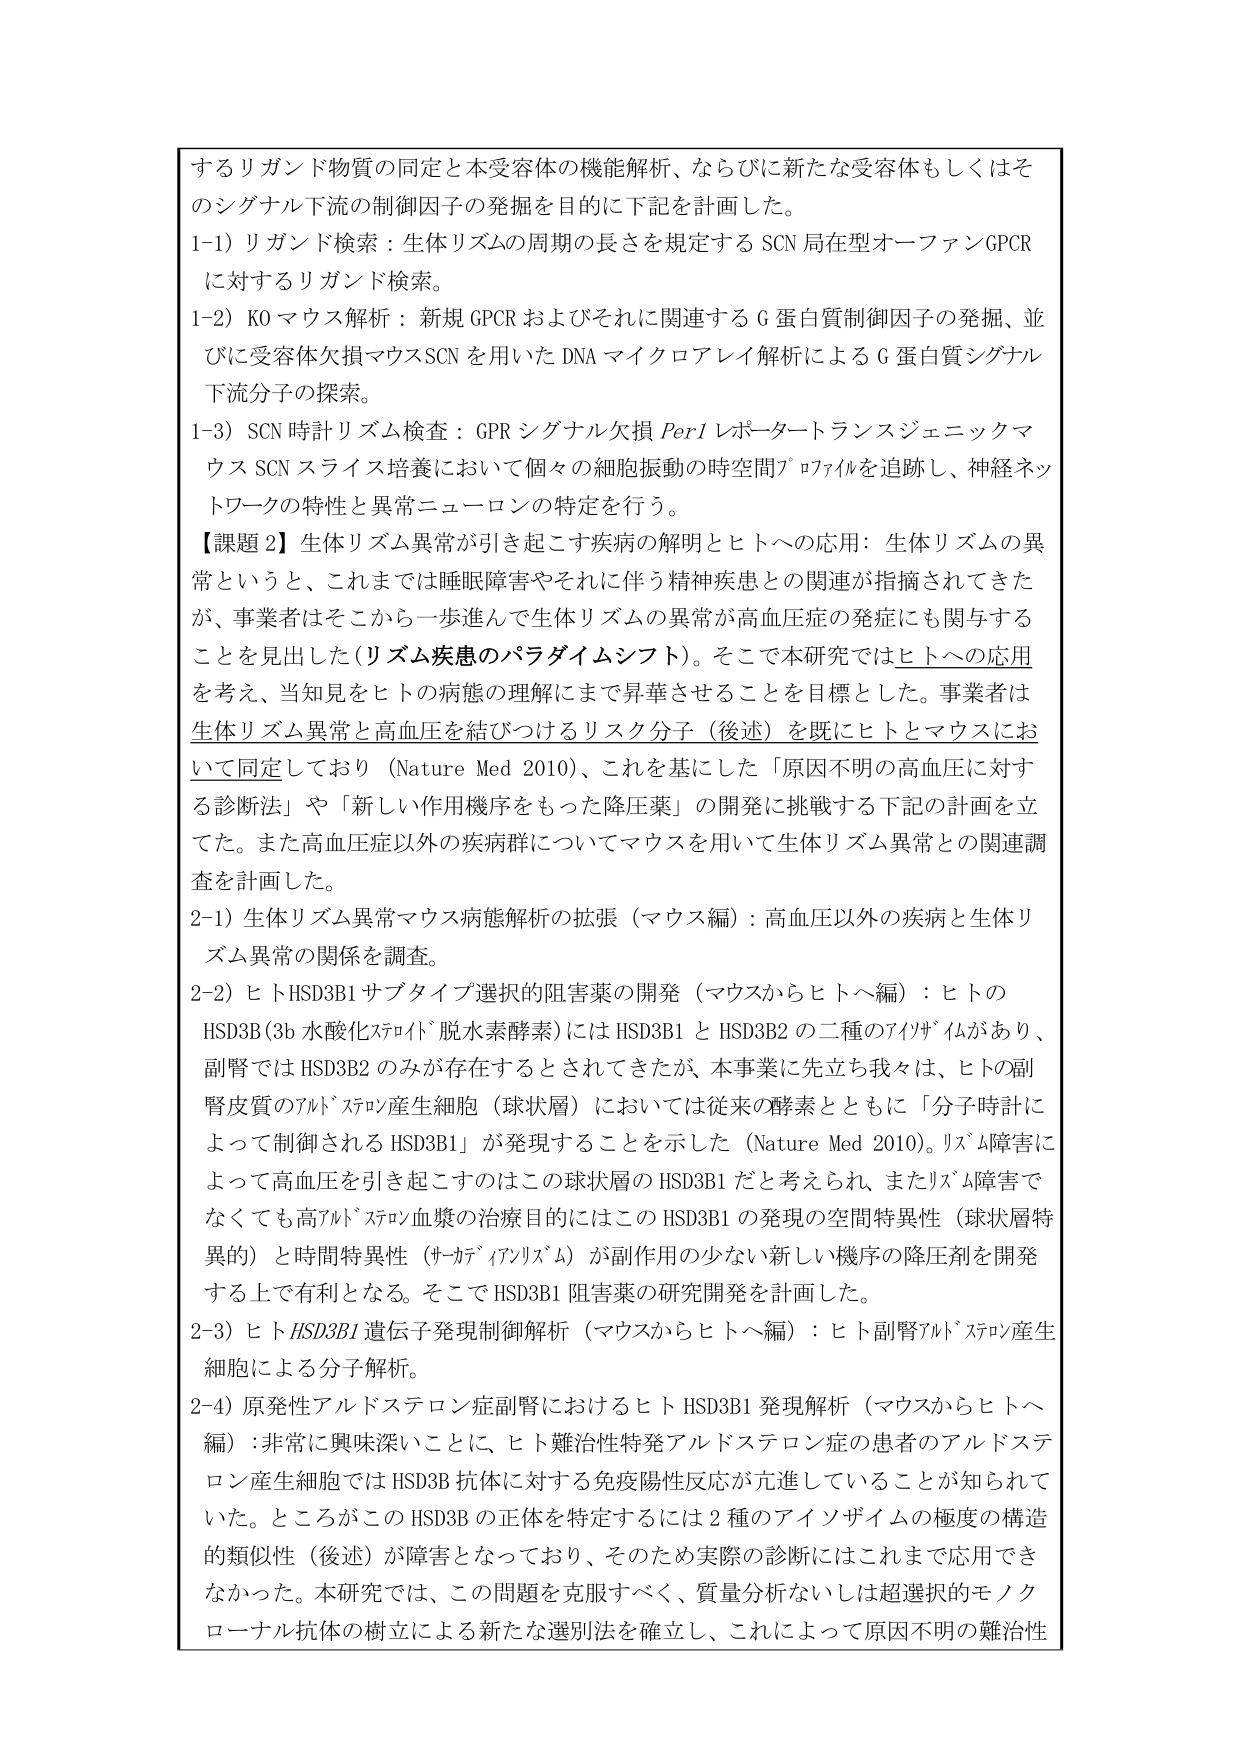
するリガンド物質の同定と本受容体の機能解析、ならびに新たな受容体もしくはそのシグナル下流の制御因子の発掘を目的に下記を計画した。

1-1）リガンド検索：生体リズムの周期の長さを規定する SCN 局在型オーファンGPCR に対するリガンド検索。

1-2）KO マウス解析：新規 GPCR およびそれに関連する G 蛋白質制御因子の発掘、並びに受容体欠損マウス SCN を用いた DNA マイクロアレイ解析による G 蛋白質シグナル下流分子の探索。

1-3）SCN 時計リズム検査：GPR シグナル欠損 Per1 レポータートランスジェニックマウス SCN スライス培養において個々の細胞振動の時空間プロファイルを追跡し、神経ネットワークの特性と異常ニューロンの特定を行う。

【課題 2】生体リズム異常が引き起こす疾病の解明とヒトへの応用：生体リズムの異常というと、これまでは睡眠障害やそれに伴う精神疾患との関連が指摘されてきたが、事業者はそこから一歩進んで生体リズムの異常が高血圧症の発症にも関与することを見出した（リズム疾患のパラダイムシフト）。そこで本研究ではヒトへの応用を考え、当知見をヒトの病態の理解にまで昇華させることを目標とした。事業者は生体リズム異常と高血圧を結びつけるリスク分子（後述）を既にヒトとマウスにおいて同定しており（Nature Med 2010）、これを基にした「原因不明の高血圧に対する診断法」や「新しい作用機序をもった降圧薬」の開発に挑戦する下記の計画を立てた。また高血圧症以外の疾病群についてマウスを用いて生体リズム異常との関連調査を計画した。

2-1）生体リズム異常マウス病態解析の拡張（マウス編）：高血圧以外の疾病と生体リズム異常の関係を調査。

2-2）ヒト HSD3B1 サブタイプ選択的阻害薬の開発（マウスからヒトへ編）：ヒトの HSD3B（3b 水酸化ステロイド脱水素酵素）には HSD3B1 と HSD3B2 の二種のアイソザイムがあり、副腎では HSD3B2 のみが存在するとされてきたが、本事業に先立ち我々は、ヒトの副腎皮質のアルドステロン産生細胞（球状層）においては従来の酵素とともに「分子時計によって制御される HSD3B1」が発現することを示した（Nature Med 2010）。リズム障害によって高血圧を引き起こすのはこの球状層の HSD3B1 だと考えられ、またリズム障害でなくても高アルドステロン血漿の治療目的にはこの HSD3B1 の発現の空間特異性（球状層特異的）と時間特異性（サーカディアンリズム）が副作用の少ない新しい機序の降圧剤を開発する上で有利となる。そこで HSD3B1 阻害薬の研究開発を計画した。

2-3）ヒト HSD3B1 遺伝子発現制御解析（マウスからヒトへ編）：ヒト副腎アルドステロン産生細胞による分子解析。

2-4）原発性アルドステロン症副腎におけるヒト HSD3B1 発現解析（マウスからヒトへ編）：非常に興味深いことに、ヒト難治性特発アルドステロン症の患者のアルドステロン産生細胞では HSD3B 抗体に対する免疫陽性反応が亢進していることが知られていた。ところがこの HSD3B の正体を特定するには 2 種のアイソザイムの極度の構造的類似性（後述）が障害となっており、そのため実際の診断にはこれまで応用できなかった。本研究では、この問題を克服すべく、質量分析ないしは超選択的モノクローナル抗体の樹立による新たな選別法を確立し、これによって原因不明の難治性